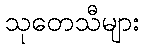
သုတေသီများ